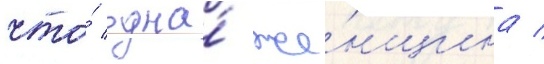
что́ одна́ же́нщина /